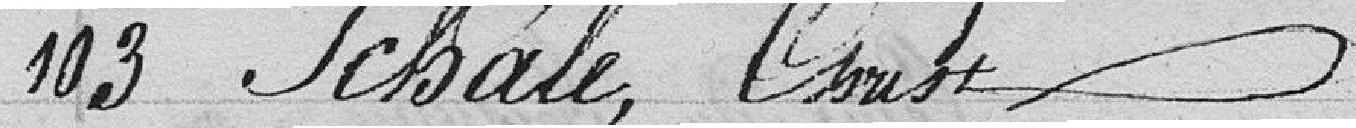
103 Schale, Christ